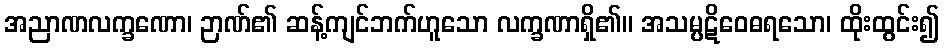
အညာဏလက္ခဏော၊ ဉာဏ်၏ ဆန့်ကျင်ဘက်ဟူသော လက္ခဏာရှိ၏။ အသမ္ပဋိဝေဓရသော၊ ထိုးထွင်း၍